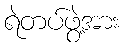
ရဲတပ်ဖွဲ့အား